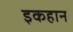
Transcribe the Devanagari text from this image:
इकहान